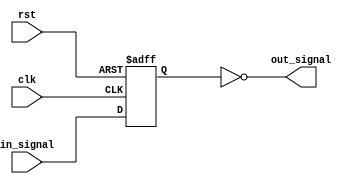
module nor_gate_delay (
    input wire clk,                // Clock input
    input wire rst,                // Reset input
    input wire in_signal,          // Input signal to be delayed
    output reg out_signal          // Output signal from NOR gate
);

reg delayed_signal;

// Timing control and synchronization block
always @(posedge clk or posedge rst) begin
    if (rst) begin
        delayed_signal <= 1'b0;   // Reset delayed signal
    end else begin
        delayed_signal <= in_signal; // Delay input signal
    end
end

// NOR gate logic
assign out_signal = ~(delayed_signal);

endmodule